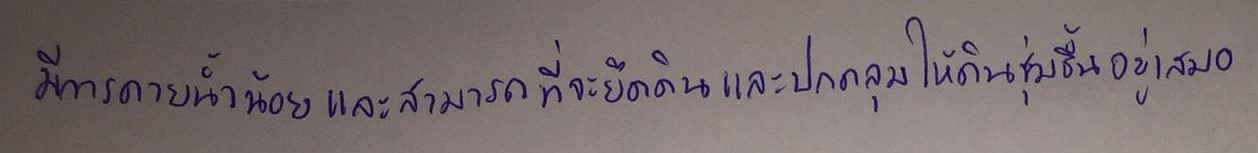
มีการคายน้ำน้อยและสามารถที่จะยึดดินและปกคลุมให้ดินชุ่มชื้นอยู่เสมอ